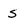
Character: s